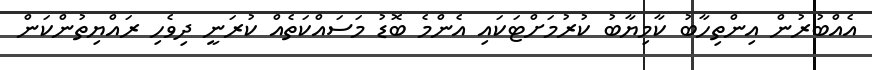
އެއްބުރުން އިންތިހާބު ކާމިޔާބު ކުރުމަށްޓަކައި އެންމެ ބޮޑު މަސައްކަތެއް ކުރަނީ ދިވެހި ރައްޔިތުންކަން